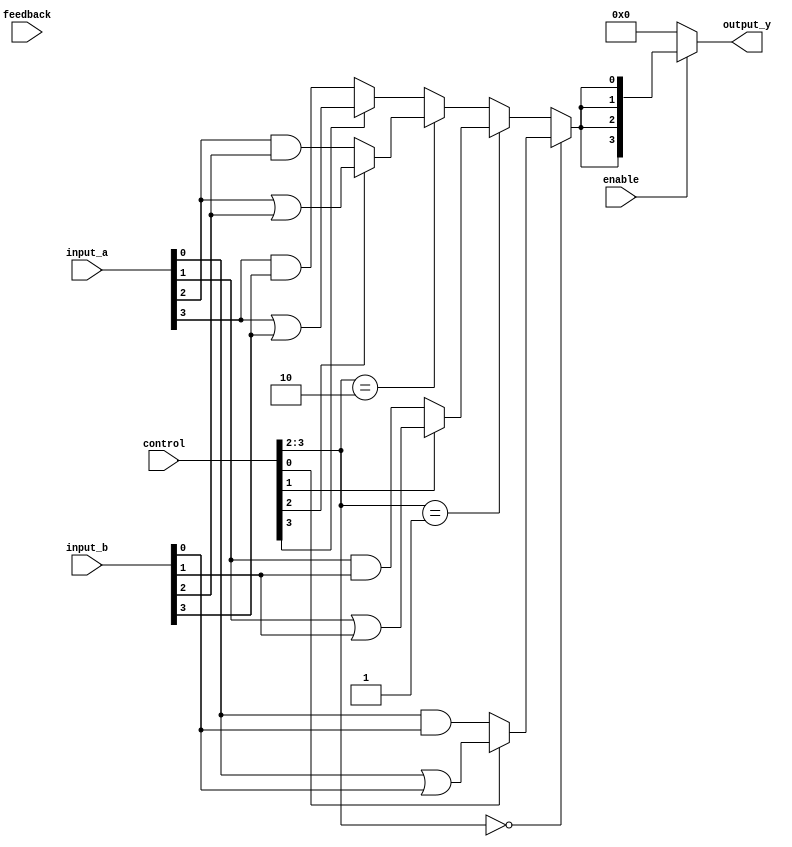
module CLB (
    input  wire [3:0] input_a,    // 4-bit input ports
    input  wire [3:0] input_b,    
    input  wire [3:0] control,     // Control signals for configuration
    input  wire enable,             // Enable signal for the CLB
    output wire [3:0] output_y,     // 4-bit output ports
    input  wire feedback            // Feedback input for configuration
);

// Internal wires for logic function units (LFUs)
wire [3:0] lut_result;
wire [3:0] mux_out;

// Logic function unit (LUT) implementation
generate
    genvar i;
    for (i = 0; i < 4; i = i + 1) begin : lut
        // Example of a simple 2-input LUT
        assign lut_result[i] = (control[i] == 1'b0) ? (input_a[i] & input_b[i]) : 
                               ((control[i] == 1'b1) ? (input_a[i] | input_b[i]) : 
                               ((control[i] == 2'b10) ? ~(input_a[i]) : 
                               (input_a[i] ^ input_b[i])));
    end
endgenerate

// Multiplexer to select outputs based on control signals
assign mux_out[0] = (control[3:2] == 2'b00) ? lut_result[0] : 
                    (control[3:2] == 2'b01) ? lut_result[1] : 
                    (control[3:2] == 2'b10) ? lut_result[2] : 
                    lut_result[3];

assign mux_out[1] = (control[3:2] == 2'b00) ? lut_result[0] : 
                    (control[3:2] == 2'b01) ? lut_result[1] : 
                    (control[3:2] == 2'b10) ? lut_result[2] : 
                    lut_result[3];

assign mux_out[2] = (control[3:2] == 2'b00) ? lut_result[0] : 
                    (control[3:2] == 2'b01) ? lut_result[1] : 
                    (control[3:2] == 2'b10) ? lut_result[2] : 
                    lut_result[3];

assign mux_out[3] = (control[3:2] == 2'b00) ? lut_result[0] : 
                    (control[3:2] == 2'b01) ? lut_result[1] : 
                    (control[3:2] == 2'b10) ? lut_result[2] : 
                    lut_result[3];

// Output assignment with enable control
assign output_y = enable ? mux_out : 4'b0000;

endmodule